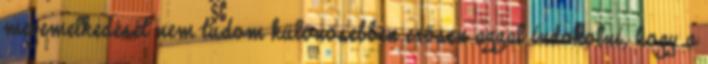
megemelkedését nem tudom különösebben erősen azzal indokolni, hogy a